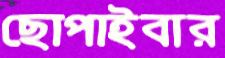
ছোপাইবার